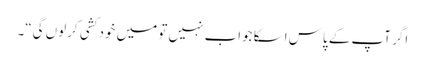
اگر آپ کے پاس اسکا جواب نہیں تو میں خود کشی کرلوں گی“۔